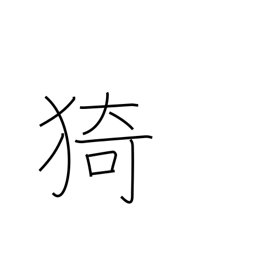
Meaning: luxuriant growth